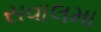
સવાલમા